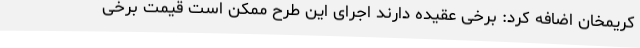
کریمخان اضافه کرد: برخی عقیده دارند اجرای این طرح ممکن است قیمت برخی